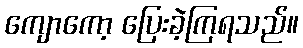
ကျောကော့ ပြေးခဲ့ကြရသည်။